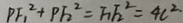
P F _ { 1 } ^ { 2 } + P F _ { 2 } ^ { 2 } = F _ { 1 } F _ { 2 } ^ { 2 } = 4 c ^ { 2 }